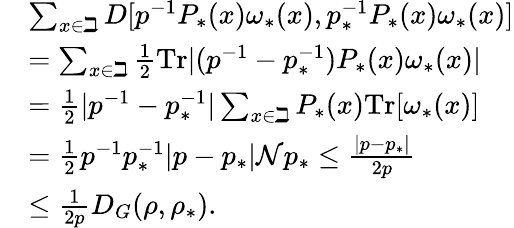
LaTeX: \begin{array}{rl}&{\sum_{x\in\beth}D[p^{-1}P_{\ast}(x)\omega_{\ast}(x),p_{\ast}^{-1}P_{\ast}(x)\omega_{\ast}(x)]}\\ &{=\sum_{x\in\beth}\frac{1}{2}\mathrm{Tr}|(p^{-1}-p_{\ast}^{-1})P_{\ast}(x)\omega_{\ast}(x)|}\\ &{=\frac{1}{2}|p^{-1}-p_{\ast}^{-1}|\sum_{x\in\beth}P_{\ast}(x)\mathrm{Tr}[\omega_{\ast}(x)]}\\ &{=\frac{1}{2}p^{-1}p_{\ast}^{-1}|p-p_{\ast}|\mathcal{N}p_{\ast}\leq\frac{|p-p_{\ast}|}{2p}}\\ &{\leq\frac{1}{2p}D_{G}(\rho,\rho_{\ast}).}\end{array}